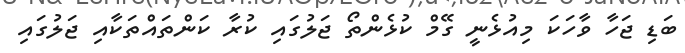
ބަޑި ޖަހާ ވާހަކަ މިއުޅެނީ ގޭމް ކުޅެންތޯ ޖަލުގައި ކުރާ ކަންތައްތަކާއި ޖަލުގައި